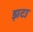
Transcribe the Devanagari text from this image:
झटा